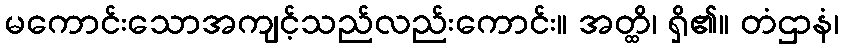
မကောင်းသောအကျင့်သည်လည်းကောင်း။ အတ္ထိ၊ ရှိ၏။ တံဌာနံ၊